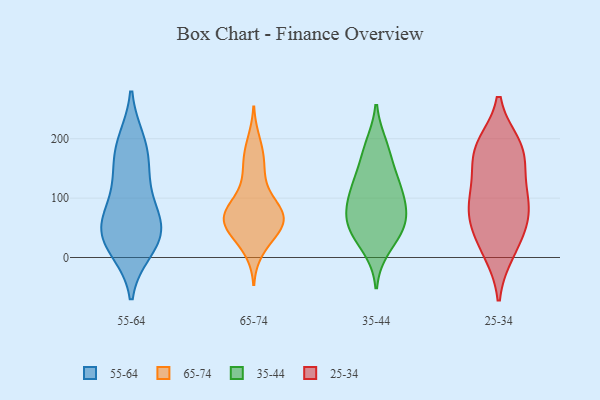
{"axis": {"x": "Production Output", "y": "Value"}, "legend": ["25-34", "35-44", "55-64", "65-74"], "data": [{"x": "", "y": 13, "type": "55-64"}, {"x": "", "y": 15, "type": "55-64"}, {"x": "", "y": 62, "type": "55-64"}, {"x": "", "y": 66, "type": "55-64"}, {"x": "", "y": 119, "type": "55-64"}, {"x": "", "y": 43, "type": "55-64"}, {"x": "", "y": 33, "type": "55-64"}, {"x": "", "y": 42, "type": "55-64"}, {"x": "", "y": 79, "type": "55-64"}, {"x": "", "y": 142, "type": "55-64"}, {"x": "", "y": 165, "type": "55-64"}, {"x": "", "y": 193, "type": "55-64"}, {"x": "", "y": 196, "type": "55-64"}, {"x": "", "y": 11, "type": "65-74"}, {"x": "", "y": 59, "type": "65-74"}, {"x": "", "y": 36, "type": "65-74"}, {"x": "", "y": 197, "type": "65-74"}, {"x": "", "y": 50, "type": "65-74"}, {"x": "", "y": 129, "type": "65-74"}, {"x": "", "y": 67, "type": "65-74"}, {"x": "", "y": 76, "type": "65-74"}, {"x": "", "y": 107, "type": "65-74"}, {"x": "", "y": 66, "type": "65-74"}, {"x": "", "y": 39, "type": "65-74"}, {"x": "", "y": 75, "type": "65-74"}, {"x": "", "y": 166, "type": "65-74"}, {"x": "", "y": 68, "type": "65-74"}, {"x": "", "y": 88, "type": "65-74"}, {"x": "", "y": 161, "type": "65-74"}, {"x": "", "y": 17, "type": "35-44"}, {"x": "", "y": 46, "type": "35-44"}, {"x": "", "y": 94, "type": "35-44"}, {"x": "", "y": 125, "type": "35-44"}, {"x": "", "y": 43, "type": "35-44"}, {"x": "", "y": 61, "type": "35-44"}, {"x": "", "y": 130, "type": "35-44"}, {"x": "", "y": 188, "type": "35-44"}, {"x": "", "y": 117, "type": "35-44"}, {"x": "", "y": 177, "type": "35-44"}, {"x": "", "y": 78, "type": "35-44"}, {"x": "", "y": 68, "type": "35-44"}, {"x": "", "y": 19, "type": "25-34"}, {"x": "", "y": 84, "type": "25-34"}, {"x": "", "y": 171, "type": "25-34"}, {"x": "", "y": 84, "type": "25-34"}, {"x": "", "y": 188, "type": "25-34"}, {"x": "", "y": 183, "type": "25-34"}, {"x": "", "y": 106, "type": "25-34"}, {"x": "", "y": 180, "type": "25-34"}, {"x": "", "y": 55, "type": "25-34"}, {"x": "", "y": 66, "type": "25-34"}, {"x": "", "y": 128, "type": "25-34"}, {"x": "", "y": 10, "type": "25-34"}]}